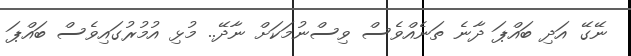
ނޭގޭ އަދި ބައްޕަ ދާނެ ތަނެއްވެސް ވިސްނުމަކަށް ނާދޭ.. މުޅި އުމުރުގައިވެސް ބައްޕަ